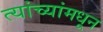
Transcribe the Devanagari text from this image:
त्यांच्यांमधून